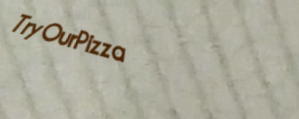
TryOurPizza